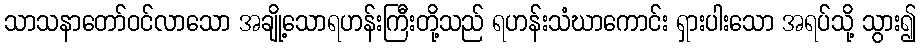
သာသနာတော်ဝင်လာသော အချို့သောရဟန်းကြီးတို့သည် ရဟန်းသံဃာကောင်း ရှားပါးသော အရပ်သို့ သွား၍